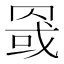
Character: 𰭏